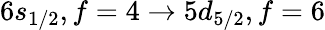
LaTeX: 6s_{1/2},f=4\rightarrow 5d_{5/2},f=6